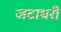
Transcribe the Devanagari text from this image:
जटाधरी